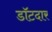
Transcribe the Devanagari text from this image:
डॉटदार